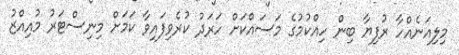
މިލިއަނެއްހާ ރުފިޔާ ބިން ހިއްކުމުގެ މަސައްކަށް ހަރަދު ކުރެވިފައިވާ ކަމަށް މިނިސްޓަރު މުއިއްޒު